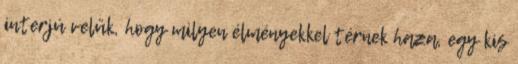
interjú velük, hogy milyen élményekkel térnek haza, egy kis